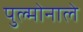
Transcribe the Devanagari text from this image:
पुल्मोनाले